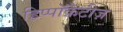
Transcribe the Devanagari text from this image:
हिप्पॉक्रैटीज़